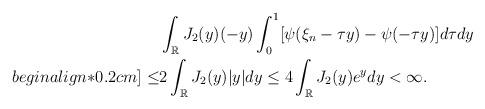
LaTeX: \begin{align*}&\int_{\mathbb{R}} J_2(y)(-y)\int_{0}^{1}[\psi(\xi_n-\tau y)-\psi(-\tau y)]d\tau dy\\begin{align*}0.2cm]\leq&2\int_{\mathbb{R}} J_2(y)|y|dy\leq4\int_{\mathbb{R}} J_2(y)e^{y}dy<\infty.\end{align*}